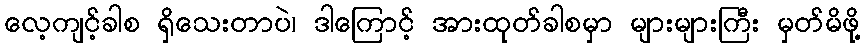
လေ့ကျင့်ခါစ ရှိသေးတာပဲ၊ ဒါကြောင့် အားထုတ်ခါစမှာ များများကြီး မှတ်မိဖို့